Calcutta medical institutions reports 1892-1900
Year: 1892
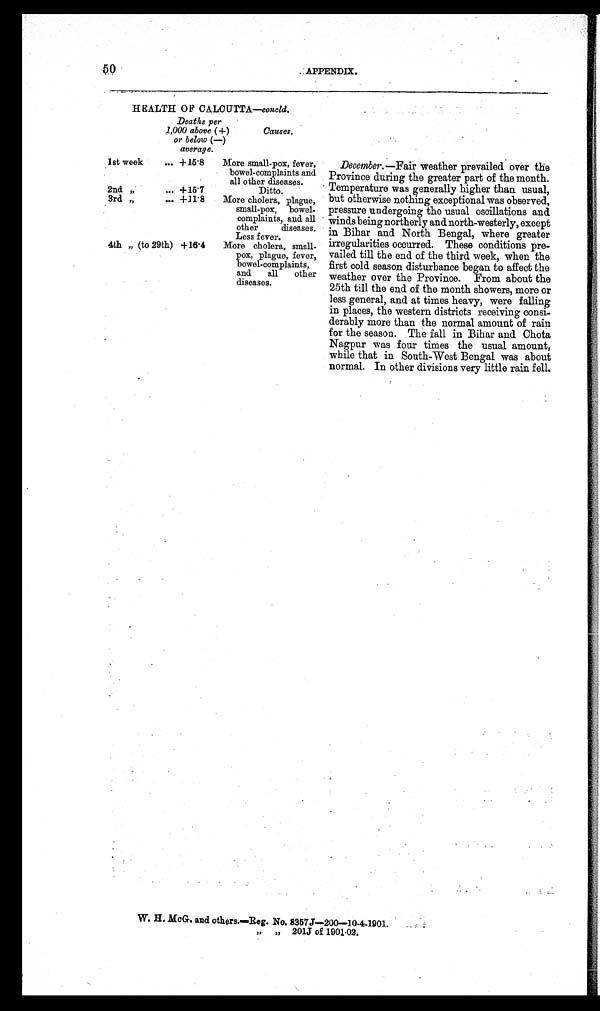
HEALTH OF CALCUTTA— concld.
Deaths per
1,000 above (+)
or below (-)
average.
Causes.
1st week ... +15.8
More small-pox, fever,
bowel-complaints and
all other diseases.
2nd ” ... +15.7
Ditto.
3rd ” ... +11.8
More cholera, plague,
small-pox, bowel-
complaints, and all
other diseases.
Less fever.
4th ” (to 29th) +16.4
More cholera, small
-
pox, plague, fever,
bowel-complaints,
and all other
diseases.
December.—Fair weather prevailed over the
Province during the greater part of the month.
Temperature was generally higher than usual,
but otherwise nothing exceptional was observed,
pressure undergoing the usual oscillations and
winds being northerly and north-westerly, except
in Bihar and North Bengal, where greater
irregularities occurred. These conditions pre
-vailed till the end of the third week, when the
first cold season disturbance began to affect the
weather over the Province. From about the
25th till the end of the month showers, more or
less general, and at times heavy, were falling
in places, the western districts receiving consi-
-derably more than the normal amount of rain
for the season. The fall in Bihar and Chota
Nagpur was four times the usual amount,
while that in South-West Bengal was about
normal. In other divisions very little rain fell.
W. H. McG. and others.—Reg. No. 8357J—200—10-4-1901.
” ” 201J of 1901.02.